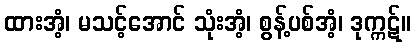
ထားအံ့၊ မသင့်အောင် သုံးအံ့၊ စွန့်ပစ်အံ့၊ ဒုက္ကဋ်။